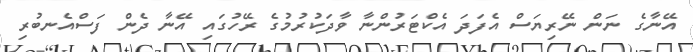
އޭނާގެ ނަން ނޭރިޔަސް އެފަދަ އެކްޓަރުންނާ ވާދަކުރުމުގެ ރޭހުގައި އޭނާ ދެން ފަސްއެނބުރި